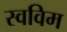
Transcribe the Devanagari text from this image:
स्वविम